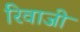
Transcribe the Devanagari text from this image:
रिवाजी